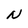
Character: N